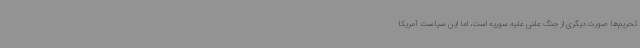
تحریم‌ها صورت دیگری از جنگ علنی علیه سوریه است، اما این سیاست آمریکا